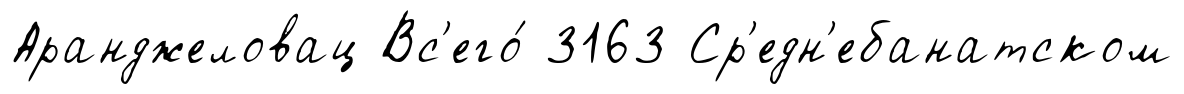
Аранджеловац Вс'его́ 3163 Ср'едн'ебанатском